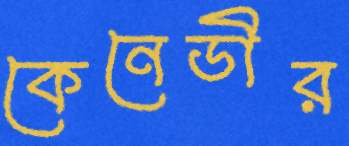
কেনেডীর